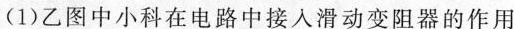
(1)乙图中小科在电路中接入滑动变阻器的作用